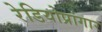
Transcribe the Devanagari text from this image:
रेडियोप्रांगार